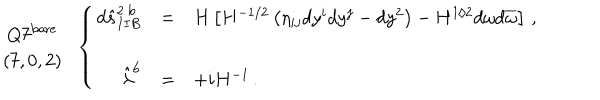
LaTeX: \begin{array} { c } { { Q 7 ^ { \mathrm { b a r e } } } } \\ { { ( 7 , 0 , 2 ) } } \\ \end{array} \, \, \, \left\{ \begin{array} { r c l } { { d \hat { s } _ { I I B } ^ { 2 \ \mathrm { b } } } } & { { = } } & { { H \left[ H ^ { - 1 / 2 } \left( \eta _ { i j } d y ^ { i } d y ^ { j } - d y ^ { 2 } \right) - H ^ { 1 / 2 } d \omega d \overline { { { \omega } } } \right] \, , } } \\ { { } } & { { } } & { { } } \\ { { \hat { \lambda } ^ { \mathrm { b } } } } & { { = } } & { { + i H ^ { - 1 } \, . } } \\ \end{array} \right.